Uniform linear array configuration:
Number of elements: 32
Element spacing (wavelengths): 0.5
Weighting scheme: cosine
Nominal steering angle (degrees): -60
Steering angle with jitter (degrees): -59.08
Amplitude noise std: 0.05
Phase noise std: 0.05

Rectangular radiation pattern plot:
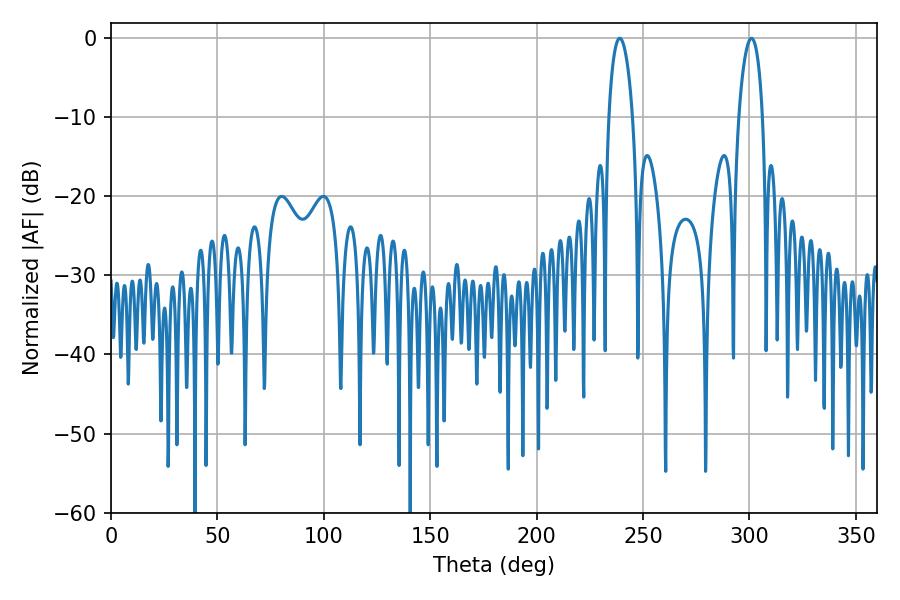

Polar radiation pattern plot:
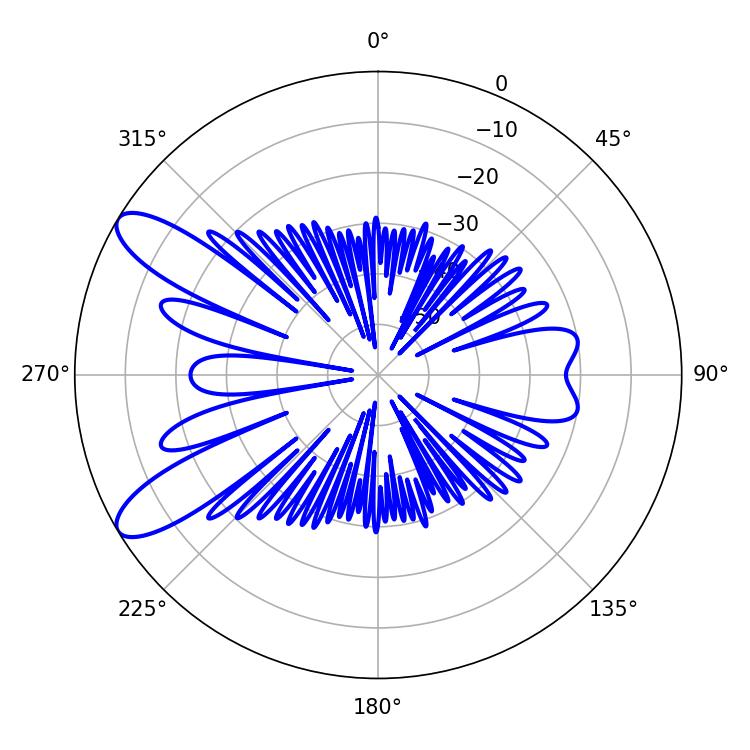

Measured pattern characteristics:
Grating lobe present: FALSE
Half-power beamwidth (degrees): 6.48
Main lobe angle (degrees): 300.96